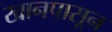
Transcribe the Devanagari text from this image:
खानपासून